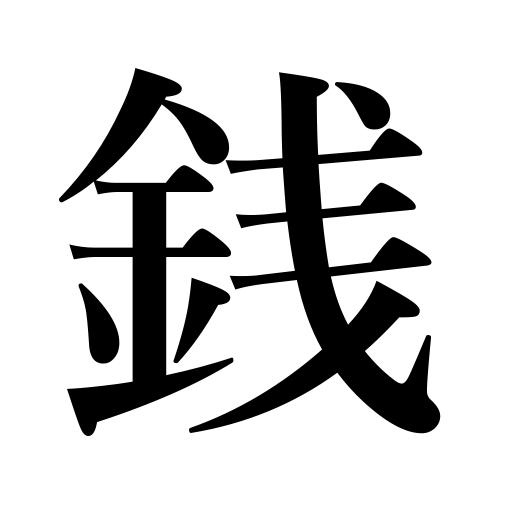
Meanings: one-hundredth of a yen,coin,money